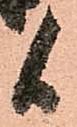
候